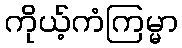
ကိုယ့်ကံကြမ္မာ